Vaccination in Bombay 1924-1928 - 1924-1928
Year: 1924
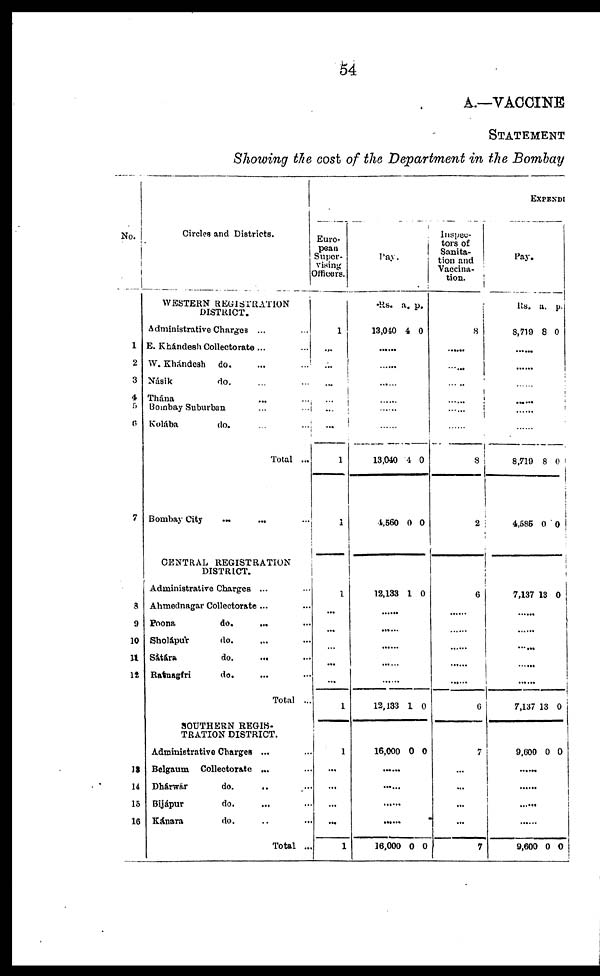
54
A.—VACCINE
STATEMENT
Showing the cost of the Department in the Bombay
No.
2
3
4
5
6
7
8
9
10
11
12
13
14
15
16
Circles and Districts.
WESTERN REGISTRATION
DISTRICT.
Administrative Charges ... ...
E. Khádesh Collectorate... ...
W. Khándesh do. ... ...
Násik
do. ... ...
Thána ... ...
Bombay Suburban ... ...
Kolába
do. ...
Total ...
Bombay City ... ... ...
CENTRAL REGISTRATION
DISTRICT.
Administrative Charges ... ...
Ahmednagar Collectorate ... ...
Poona
do. ... ...
Sholápur
do. ... ...
Sátára
do. ... ...
Ratnagíri
do. ... ...
Total ...
SOUTHERN REGIS¬
TRATION DISTRICT.
Administrative Charges ... ...
Belgaum Collectorate ... ...
Dharwár
do. ... ...
Bijápur
do. ... ...
Kánara
do. ... ...
Total ...
EXPENDI
Euro-
pean
Super-
vising
Officers.
1
...
...
...
...
...
...
1
1
1
...
...
...
...
...
1
1
...
...
...
...
1
Pay.
Rs.
13,040
a.
4
p.
0
......
......
......
......
......
......
13,040
4,560
4
0
0
0
12,133 1 0
......
......
......
......
......
12,133 1 0
16,000 0 0
......
......
......
......
16,000 0 0
Inspec-
tors of
Sanita-
tion and
Vaccina-
tion.
8
...
...
...
...
...
...
8
2
6
...
...
...
...
...
6
7
...
...
...
...
7
Pay.
Rs.
8,719
a.
8
p.
0
......
......
......
......
......
......
8,719
4,585
8
0
0
0
7,137 13 0
......
......
......
......
......
7,137 13 0
9,600 0 0
......
......
......
9,600 0 0